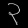
Digit: ၃